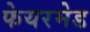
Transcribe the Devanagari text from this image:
फेयरमेड